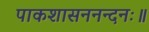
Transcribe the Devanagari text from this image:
पाकशासननन्दनः॥